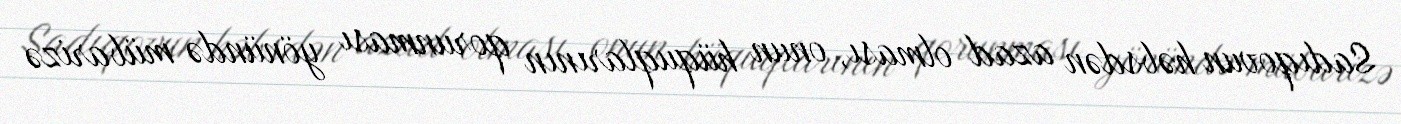
Sadıqovun həbsdən azad olması, onun hüquqlarının qorunması yönündə mübarizə